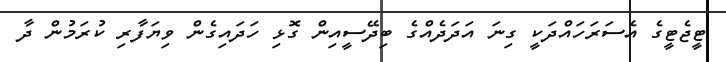
ޓީޖެޓީގެ އެސަރަހައްދަކީ ގިނަ އަދަދެއްގެ ބިދޭސީއިން ގޮޅި ހަދައިގެން ވިޔަފާރި ކުރަމުން ދާ